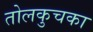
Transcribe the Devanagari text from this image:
तोलकुचका